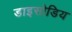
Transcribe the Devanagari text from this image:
डाइसोडिय